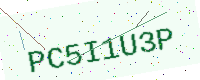
Text: PC5I1U3P